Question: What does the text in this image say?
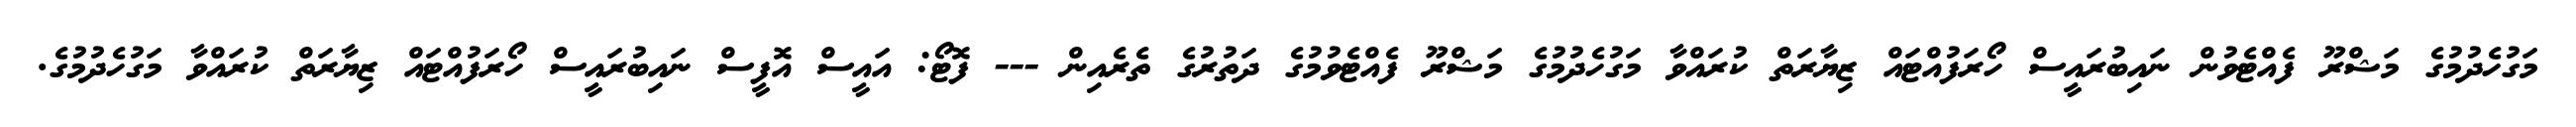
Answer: މަގުހެދުމުގެ މަޝްރޫ ފެއްޓެވުން ނައިބުރައީސް ހޯރަފުއްޓައް ޒިޔާރަތް ކުރައްވާ މަގުހެދުމުގެ މަޝްރޫ ފެއްޓެވުމުގެ ދަތުރުގެ ތެރެއިން --- ފޮޓޯ: އައީސް އޮފީސް ނައިބުރައީސް ހޯރަފުއްޓައް ޒިޔާރަތް ކުރައްވާ މަގުހެދުމުގެ.